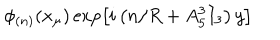
LaTeX: \phi _ { ( n ) } ( x _ { \mu } ) \exp \left[ i \left( n / R + A _ { 5 } ^ { 3 } I _ { 3 } \right) y \right]